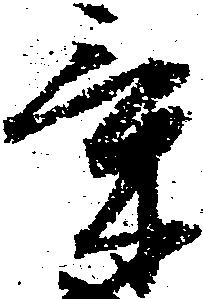
気